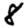
Digit: 8